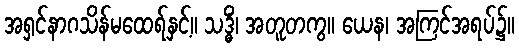
အရှင်နာဂသိန်မထေရ်နှင့်။ သဒ္ဓိံ၊ အတူတကွ။ ယေန၊ အကြင်အရပ်၌။